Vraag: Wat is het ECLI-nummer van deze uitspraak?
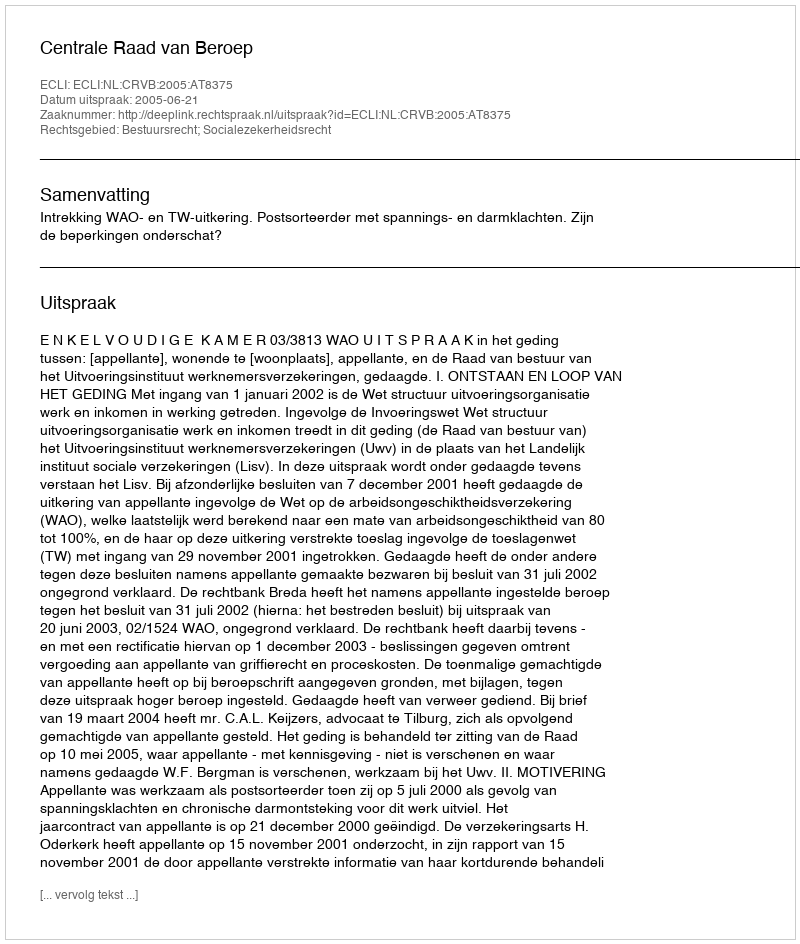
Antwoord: ECLI:NL:CRVB:2005:AT8375